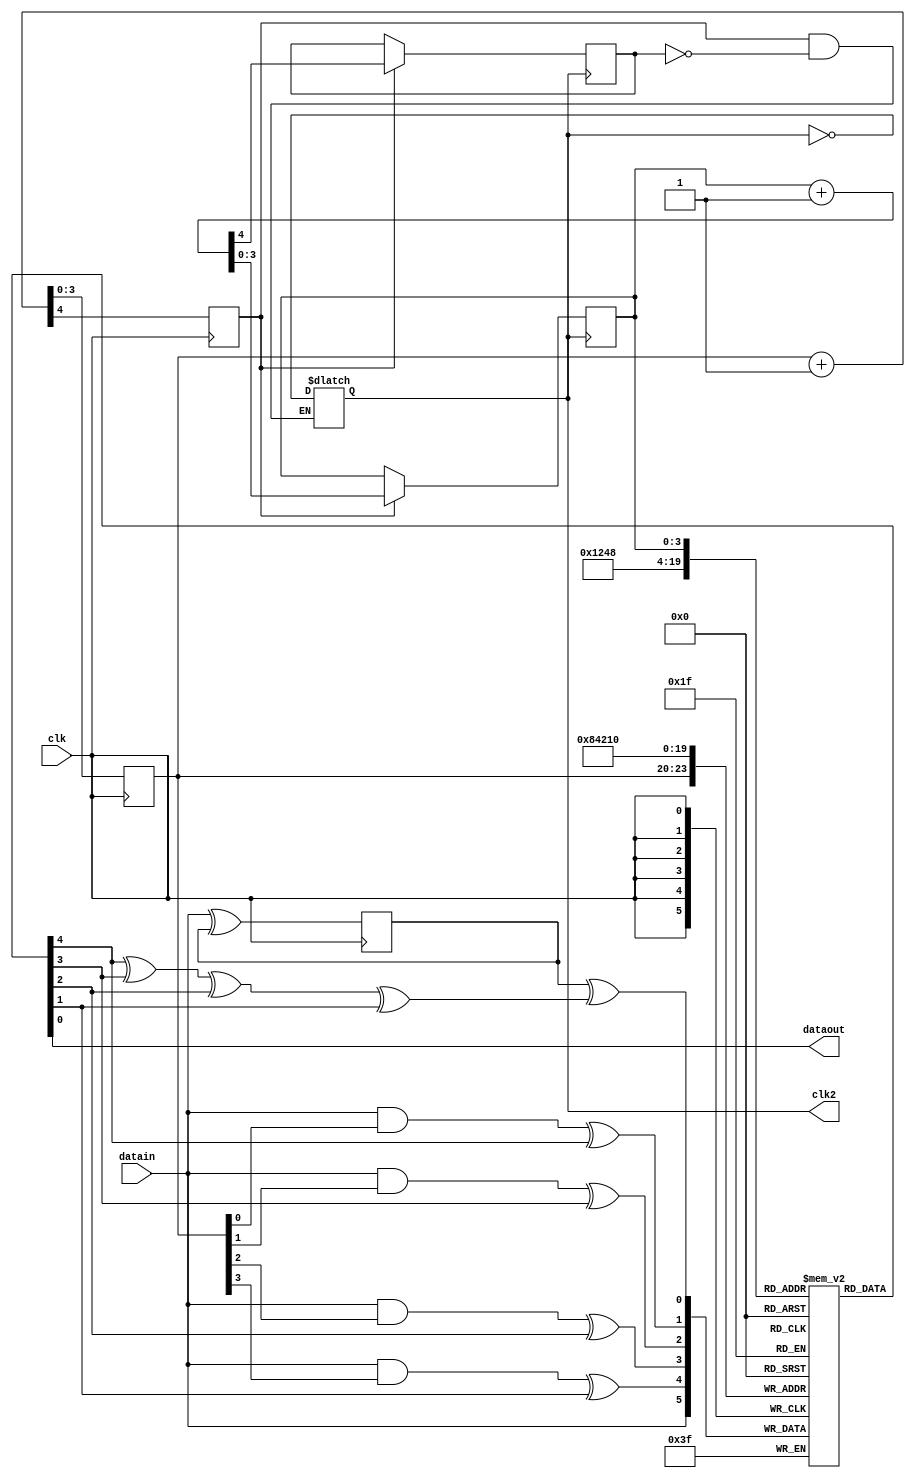
	/************************* ENCODER MODULE ******************************

	* Takes data to be encoded from its test module (testencoder) and 
	* encodes the data ie, sets the special parity bits. Data transfer
	* is done in sync with a clk input(synchronus serial data transfer)
	* After encoding, outputs data in a similar way via dataout and clkout

	************************************************************************/

	`timescale 10ns/1ns

	module encoder(
		input datain, clk,
		output dataout,
		output clk2);

	reg mem[15:0];
	reg[3:0] addr,addrout;
	reg parity,clkout,encoded,sent;

	wire w1,w2,w3,w4,w5;

	assign clk2 = clkout;
	
	// initialize variables...
	initial
	begin
		addr<=4'h0; sent<=0;
		parity<=0;  mem[0]<=0;
		mem[1]<=0;  mem[2]<=0;
		mem[4]<=0;  mem[8]<=0;
		encoded<=0; clkout<=0;
		addrout<=4'h0;
	end

	/********************* reading and storing data ***********************/

	// read and store input data in memory(mem)
	// at incremental memory locations
	always@ (posedge clk)
	begin
		mem[addr] = datain;
		{encoded,addr} = addr + 1;
		// once addr reached 0xf, further incrementing 
		// causes overflow (addr goes to 0x0 and encoder is set)
		// indicating reading done...
	end

	// calculating specific parity bits...
	assign w1 = datain ^ parity;
	assign w2 = (datain & addr[0]) ^ mem[1];
	assign w3 = (datain & addr[1]) ^ mem[2];
	assign w4 = (datain & addr[2]) ^ mem[4];
	assign w5 = (datain & addr[3]) ^ mem[8];

	// store calculated parity bits in their respective
	// locations
	always@ (posedge clk)
	begin
		parity <= w1;
		mem[1] <= w2;
		mem[2] <= w3;
		mem[4] <= w4;
		mem[8] <= w5;
	end

	always@ (negedge clk)
	begin
		mem[0] <= parity ^ (mem[1] ^ mem[2] ^ mem[4] ^ mem[8]);
	end

	/*********************** sending data ****************************/

	// once reading done send data via dataout in sync with the clk(clkout)
	// "sent" here indicates "addrout" reached 0xf and overflow occured
	// ie, sending done...
	// reading in rx should be done at posedge of clkout...
	always #2
		if(encoded & ~sent) clkout = ~clkout;

	always@ (negedge clkout)
		if(encoded)
		begin
			{sent,addrout} = addrout + 1;
		end

	assign dataout = mem[addrout];

	endmodule